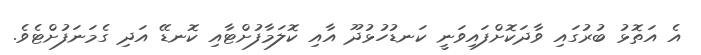
އެ އަތޮޅު ބުރުގައި ވާދަކޮށްފައިވަނީ ކަނޑުހުޅުދޫ އާއި ކޮލަމާފުށްޓާއި ކޮނޑޭ އަދި ގެމަނަފުށްޓެވެ.